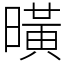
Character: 曂